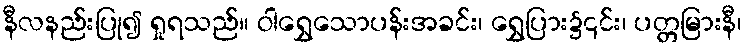
နီလနည်းပြု၍ ရှုရသည်။ ဝါရွှေသောပန်းအခင်း၊ ရွှေပြား၌၎င်း၊ ပတ္တမြားနီ၊